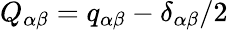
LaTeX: Q_{\alpha\beta}=q_{\alpha\beta}-\delta_{\alpha\beta}/2